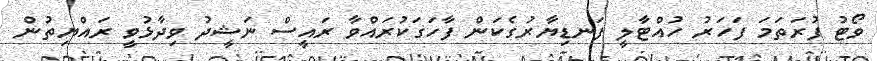
ވޯޓު ފުރަތަމަ ފަހަރު ހުއްޓާލީ ފަނޑިޔާރުގެކަން ފާހަގަކުރައްވާ ރައީސް ނަޝީދު ވިދާޅުވީ ރައްޔިތުން